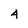
Character: 4